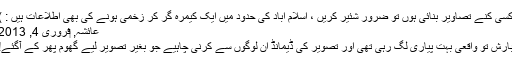
کسی کنے تصاویر بنائی ہوں تو ضرور شئیر کریں ، اسلام آباد کی حدود میں ایک کیمرہ گر کر زخمی ہونے کی بھی اطلاعات ہیں : )
عائشہ, ‏فروری 4, 2013
بارش تو واقعی بہت پیاری لگ رہی تھی اور تصویر کی ڈیمانڈ ان لوگوں سے کرنی چاہیے جو بغیر تصویر لیے گھوم پھر کے آگئے!